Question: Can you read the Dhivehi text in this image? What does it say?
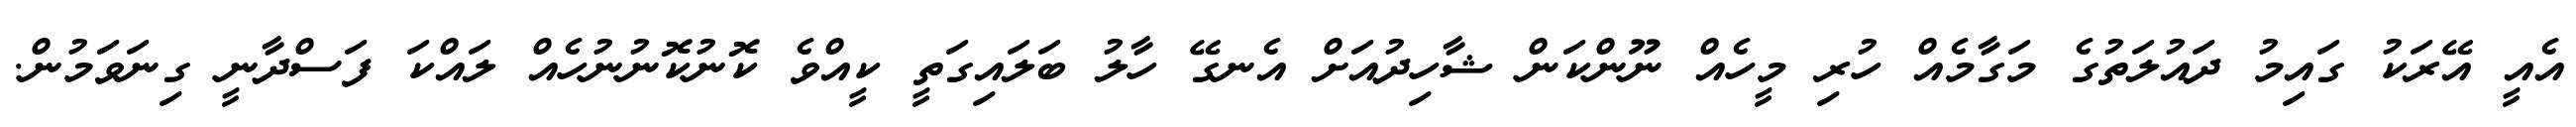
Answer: އެއީ އޭރަކު ގައިމު ދައުލަތުގެ މަގާމެއް ހުރި މީހެއް ނޫންކަން ޝާހިދުއަށް އެނގޭ ހާލު ބަލައިގަތީ ކީއްވެ ކޮނުކޮނުނުހެއް ލައްކަ ފަސްދާނީ ގިނަވަމުން.